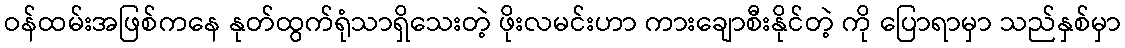
ဝန်ထမ်းအဖြစ်ကနေ နုတ်ထွက်ရုံသာရှိသေးတဲ့ ဖိုးလမင်းဟာ ကားချောစီးနိုင်တဲ့ ကို ပြောရာမှာ သည်နှစ်မှာ